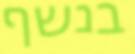
בנשף